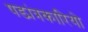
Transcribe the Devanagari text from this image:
षड्यंत्रकारियो